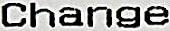
CHANGE